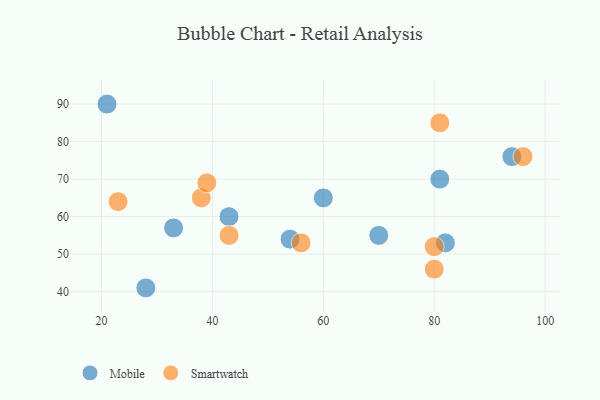
{"axis": {"x": "GDP", "y": "Life Expectancy"}, "legend": ["Mobile", "Smartwatch"], "data": [{"x": "28", "y": 41, "type": "Mobile"}, {"x": "33", "y": 57, "type": "Mobile"}, {"x": "43", "y": 60, "type": "Mobile"}, {"x": "82", "y": 53, "type": "Mobile"}, {"x": "70", "y": 55, "type": "Mobile"}, {"x": "21", "y": 90, "type": "Mobile"}, {"x": "81", "y": 70, "type": "Mobile"}, {"x": "54", "y": 54, "type": "Mobile"}, {"x": "94", "y": 76, "type": "Mobile"}, {"x": "60", "y": 65, "type": "Mobile"}, {"x": "43", "y": 55, "type": "Smartwatch"}, {"x": "56", "y": 53, "type": "Smartwatch"}, {"x": "38", "y": 65, "type": "Smartwatch"}, {"x": "23", "y": 64, "type": "Smartwatch"}, {"x": "80", "y": 46, "type": "Smartwatch"}, {"x": "39", "y": 69, "type": "Smartwatch"}, {"x": "81", "y": 85, "type": "Smartwatch"}, {"x": "80", "y": 52, "type": "Smartwatch"}, {"x": "96", "y": 76, "type": "Smartwatch"}]}